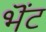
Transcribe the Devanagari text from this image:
भॆंट